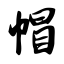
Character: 帽